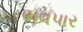
ભવપાર